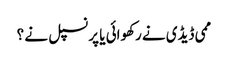
ممی ڈیڈی نے رکھوائی یا پرنسپل نے ؟